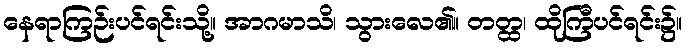
နေရာကြဉ်းပင်ရင်းသို့။ အာဂမာသိ၊ သွားလေ၏။ တတ္ထ၊ ထိုကြီပင်ရင်း၌။